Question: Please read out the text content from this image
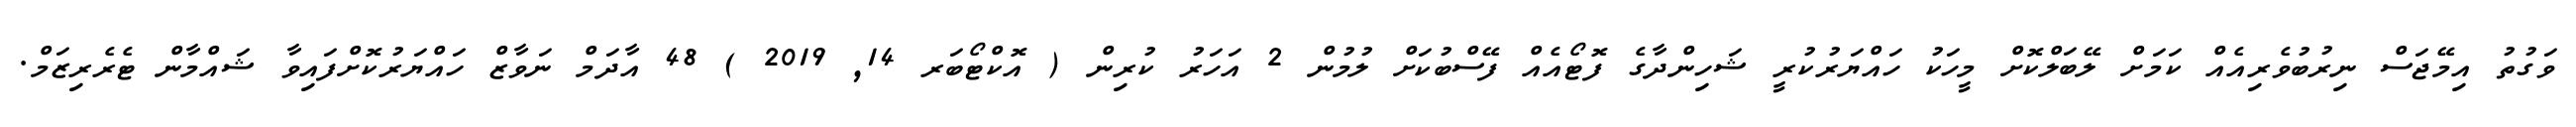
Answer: ވަގުތު އިމޭޖަސް ނިރުބުވެރިއެއް ކަމަށް ލޭބަލްކޮށް މީހަކު ހައްޔަރުކުރީ ޝަހިންދާގެ ފޮޓޯއެއް ފޭސްބުކަށް ލުމުން 2 އަހަރު ކުރިން ( އޮކްޓޯބަރ 14, 2019 ) 48 އާދަމް ނަވާޒް ހައްޔަރުކޮށްފައިވާ ޝައްމާން ޓެރެރިޒަމް.